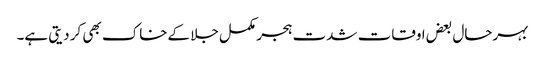
بہرحال بعض اوقات شدت ہجر مکمل جلا کےخاک بھی کر دیتی ہے۔